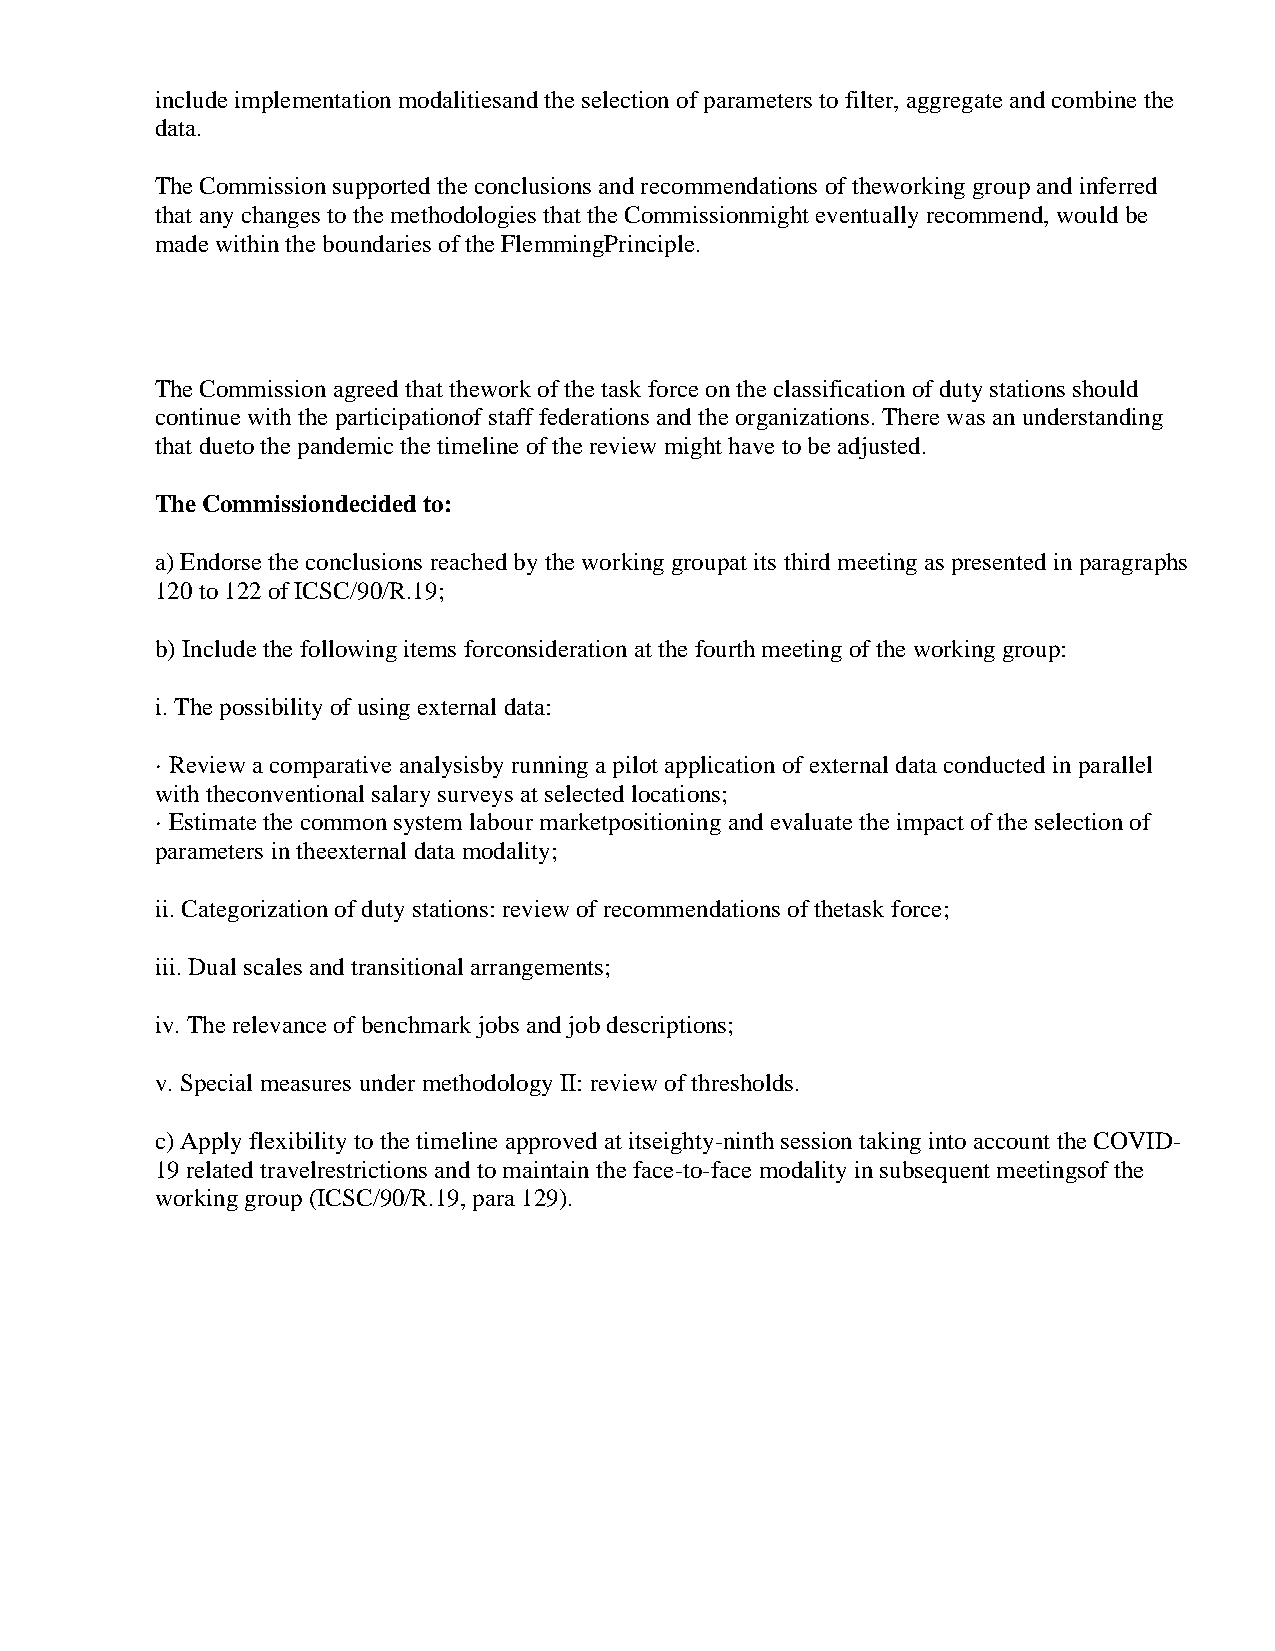
include implementation modalitiesand the selection of parameters to filter, aggregate and combine the
 data.
 The Commission supported the conclusions and recommendations of theworking group and inferred
 that any changes to the methodologies that the Commissionmight eventually recommend, would be
 made within the boundaries of the FlemmingPrinciple.
 The Commission agreed that thework of the task force on the classification of duty stations should
 continue with the participationof staff federations and the organizations. There was an understanding
 that dueto the pandemic the timeline of the review might have to be adjusted.
 The Commissiondecided to:
 a) Endorse the conclusions reached by the working groupat its third meeting as presented in paragraphs
 120 to 122 of ICSC/90/R.19;
 b) Include the following items forconsideration at the fourth meeting of the working group:
 i. The possibility of using external data:
 · Review a comparative analysisby running a pilot application of external data conducted in parallel
 with theconventional salary surveys at selected locations;
 · Estimate the common system labour marketpositioning and evaluate the impact of the selection of
 parameters in theexternal data modality;
 ii. Categorization of duty stations: review of recommendations of thetask force;
 iii. Dual scales and transitional arrangements;
 iv. The relevance of benchmark jobs and job descriptions;
 v. Special measures under methodology II: review of thresholds.
 c) Apply flexibility to the timeline approved at itseighty-ninth session taking into account the COVID-
 19 related travelrestrictions and to maintain the face-to-face modality in subsequent meetingsof the
 working group (ICSC/90/R.19, para 129).